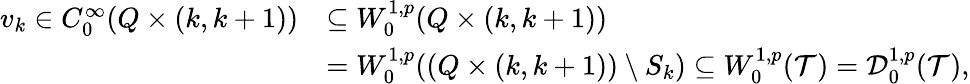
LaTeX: \begin{array}{rl}{v_{k}\in C_{0}^{\infty}(Q\times(k,k+1))}&{\subseteq W_{0}^{1,p}(Q\times(k,k+1))}\\ &{=W_{0}^{1,p}((Q\times(k,k+1))\setminus S_{k})\subseteq W_{0}^{1,p}(\mathcal{T})=\mathcal{D}_{0}^{1,p}(\mathcal{T}),}\end{array}